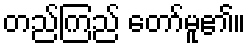
တည်ကြည် တော်မူ၏။